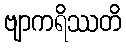
ဗျာကရိဿတိ